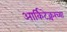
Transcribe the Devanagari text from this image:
आर्किटेक्चरच्या